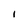
Character: I